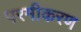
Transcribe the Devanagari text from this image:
परमीकरण